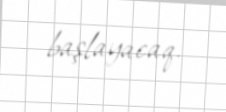
başlayacaq.